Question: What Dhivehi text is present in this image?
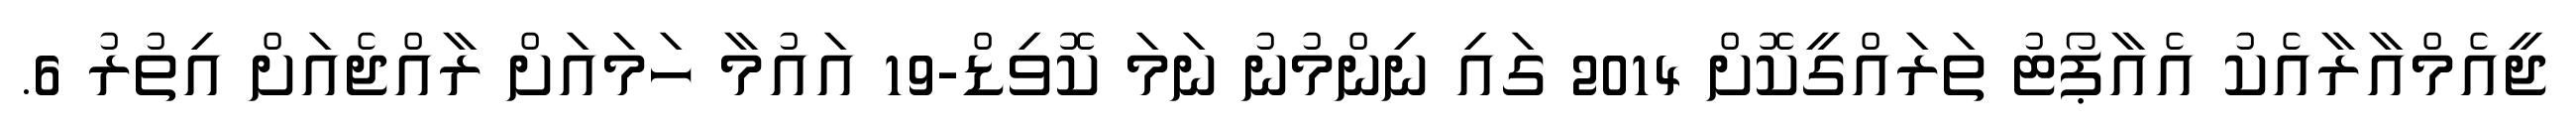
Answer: ޖީއެމްއާރާއެކު އެއާޕޯޓު ތަރައްގީކޮށް 2014 ގައި ނިންމުނު ނަމަ ކޮވިޑް-19 އައުމާ ހަމައަށް ރާއްޖެއަށް އިތުރު 6.